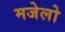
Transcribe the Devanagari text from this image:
मजेलो